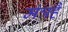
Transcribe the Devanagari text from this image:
मंत्रहै